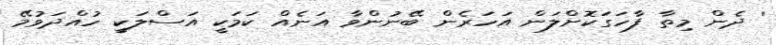
' ދެން މިތާ ފާހަގަކޮށްލަން އަހަރެން ބޭނުންވާ އަނެއް ކަމަކީ އަސްލަކީ ހުއްދަވުމޭ